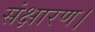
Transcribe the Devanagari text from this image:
संक्षारण।